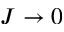
J \rightarrow 0